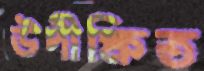
উদীক্ষিত